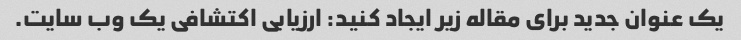
یک عنوان جدید برای مقاله زیر ایجاد کنید: ارزیابی اکتشافی یک وب سایت.